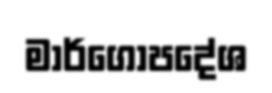
මාර්ගෝපදේශ